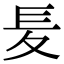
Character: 𡕣